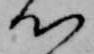
心